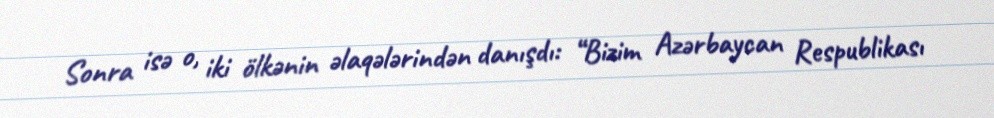
Sonra isə o, iki ölkənin əlaqələrindən danışdı: “Bizim Azərbaycan Respublikası